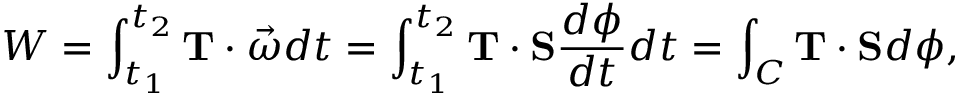
W = \int _ { t _ { 1 } } ^ { t _ { 2 } } \mathbf { T } \cdot { \vec { \omega } } d t = \int _ { t _ { 1 } } ^ { t _ { 2 } } \mathbf { T } \cdot \mathbf { S } { \frac { d \phi } { d t } } d t = \int _ { C } \mathbf { T } \cdot \mathbf { S } d \phi ,